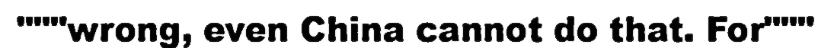
"""wrong, even China cannot do that. For"""